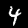
Digit: 4